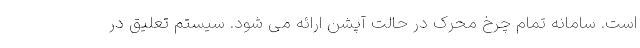
است. سامانه تمام چرخ محرک در حالت آپشن ارائه می شود. سیستم تعلیق در